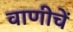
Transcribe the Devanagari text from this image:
वाणीचें